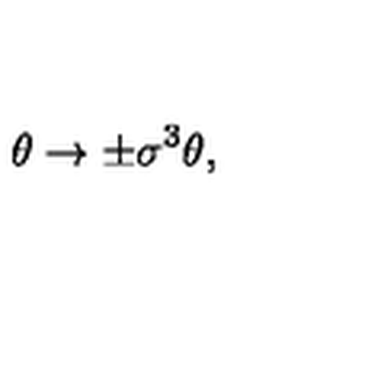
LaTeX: \theta \rightarrow \pm \sigma ^ { 3 } \theta ,